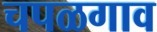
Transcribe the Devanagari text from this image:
चपळगाव